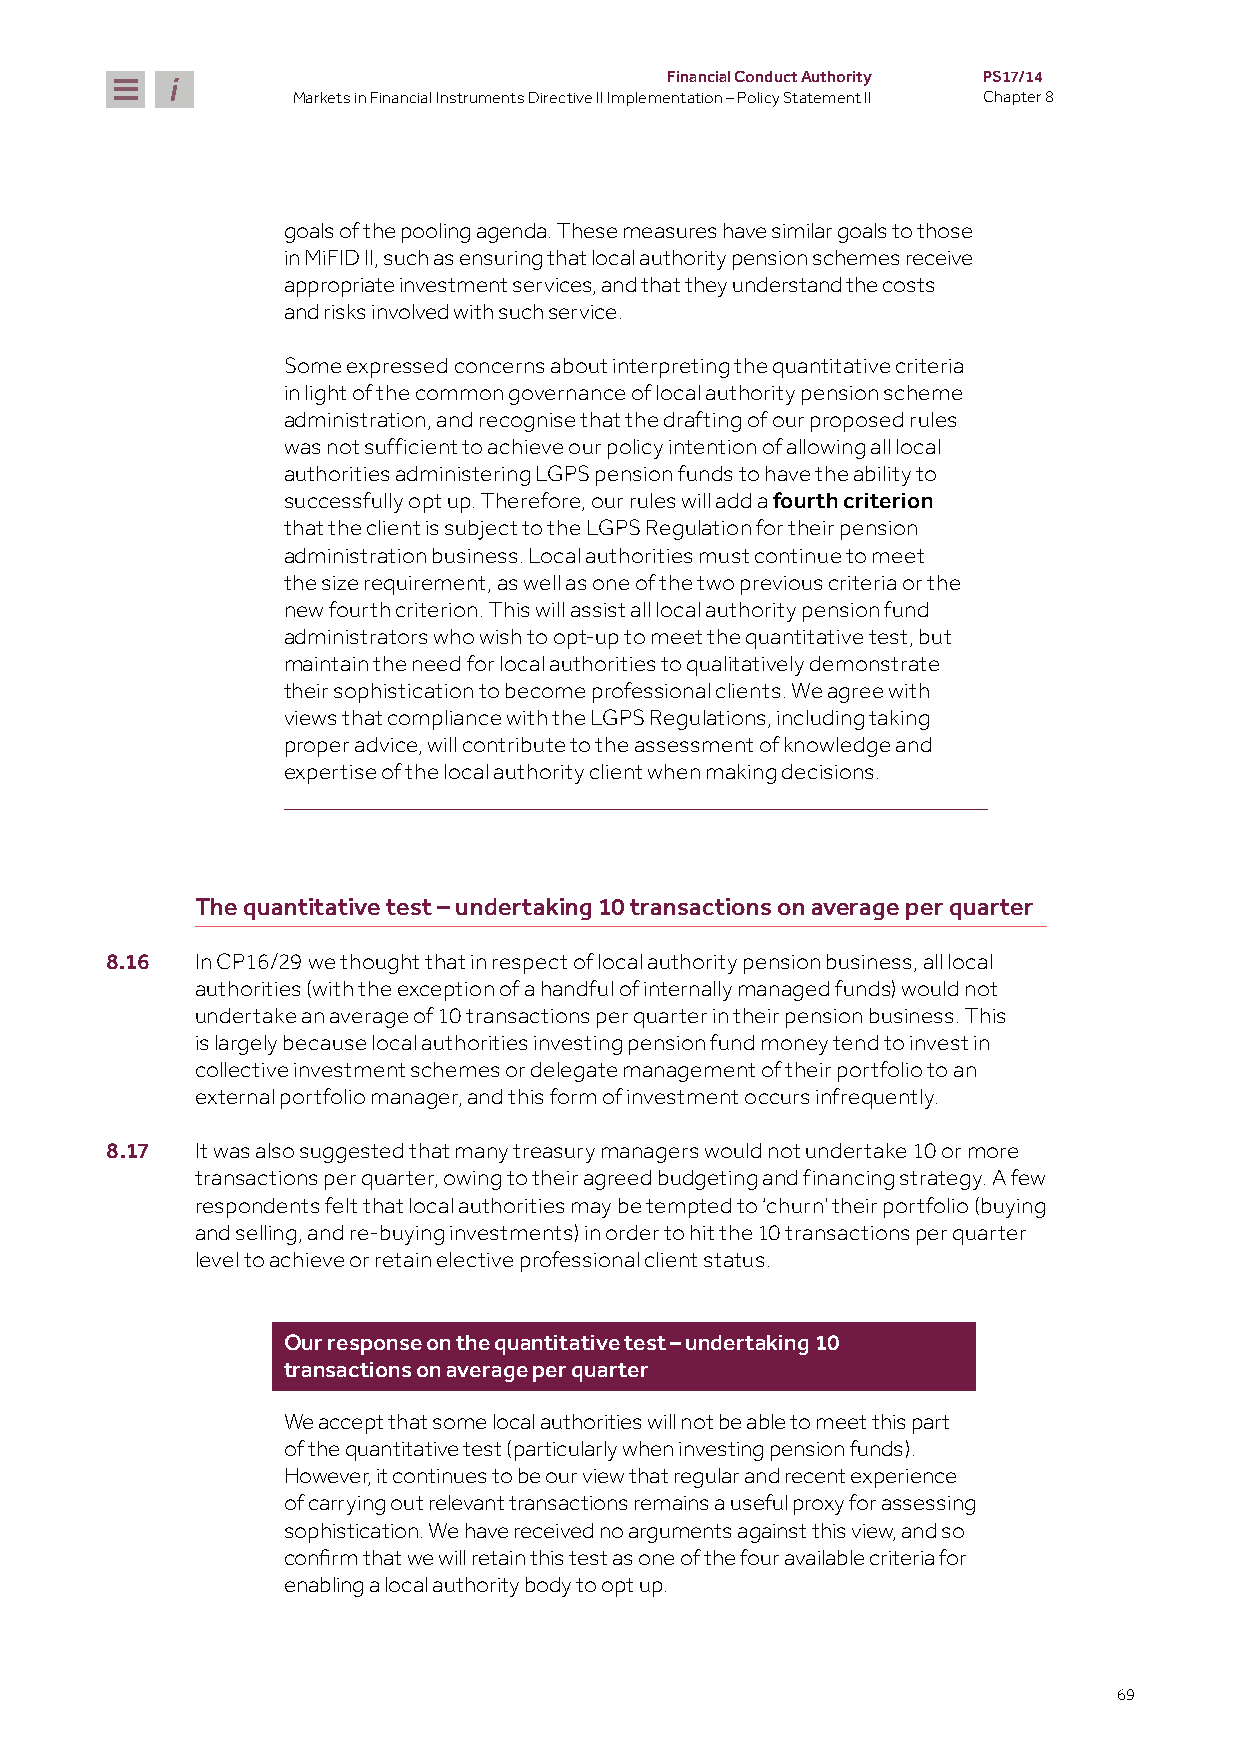
Financial Conduct Authority PS17/14
 Markets in Financial Instruments Directive II Implementation – Policy Statement II Chapter 8
 goals of the pooling agenda. These measures have similar goals to those
 in MiFID II, such as ensuring that local authority pension schemes receive
 appropriate investment services, and that they understand the costs
 and risks involved with such service.
 Some expressed concerns about interpreting the quantitative criteria
 in light of the common governance of local authority pension scheme
 administration, and recognise that the drafting of our proposed rules
 was not sufficient to achieve our policy intention of allowing all local
 authorities administering LGPS pension funds to have the ability to
 successfully opt up. Therefore, our rules will add a fourth criterion
 that the client is subject to the LGPS Regulation for their pension
 administration business. Local authorities must continue to meet
 the size requirement, as well as one of the two previous criteria or the
 new fourth criterion. This will assist all local authority pension fund
 administrators who wish to opt-up to meet the quantitative test, but
 maintain the need for local authorities to qualitatively demonstrate
 their sophistication to become professional clients. We agree with
 views that compliance with the LGPS Regulations, including taking
 proper advice, will contribute to the assessment of knowledge and
 expertise of the local authority client when making decisions.
 The quantitative test – undertaking 10 transactions on average per quarter
 8.16  In CP16/29 we thought that in respect of local authority pension business, all local
 authorities (with the exception of a handful of internally managed funds) would not
 undertake an average of 10 transactions per quarter in their pension business. This
 is largely because local authorities investing pension fund money tend to invest in
 collective investment schemes or delegate management of their portfolio to an
 external portfolio manager, and this form of investment occurs infrequently.
 8.17  It was also suggested that many treasury managers would not undertake 10 or more
 transactions per quarter, owing to their agreed budgeting and financing strategy. A few
 respondents felt that local authorities may be tempted to ‘churn’ their portfolio (buying
 and selling, and re-buying investments) in order to hit the 10 transactions per quarter
 level to achieve or retain elective professional client status.
 Our response on the quantitative test – undertaking 10
 transactions on average per quarter
 We accept that some local authorities will not be able to meet this part
 of the quantitative test (particularly when investing pension funds).
 However, it continues to be our view that regular and recent experience
 of carrying out relevant transactions remains a useful proxy for assessing
 sophistication. We have received no arguments against this view, and so
 confirm that we will retain this test as one of the four available criteria for
 enabling a local authority body to opt up.
 69